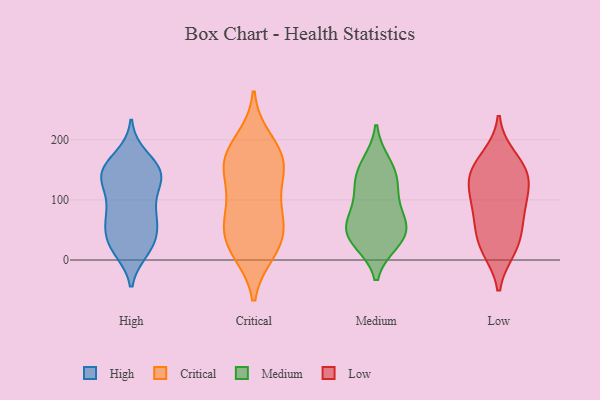
{"axis": {"x": "Customer Acquisition Cost (USD)", "y": "Value"}, "legend": ["Critical", "High", "Low", "Medium"], "data": [{"x": "", "y": 58, "type": "High"}, {"x": "", "y": 17, "type": "High"}, {"x": "", "y": 138, "type": "High"}, {"x": "", "y": 159, "type": "High"}, {"x": "", "y": 22, "type": "High"}, {"x": "", "y": 66, "type": "High"}, {"x": "", "y": 31, "type": "High"}, {"x": "", "y": 31, "type": "High"}, {"x": "", "y": 133, "type": "High"}, {"x": "", "y": 73, "type": "High"}, {"x": "", "y": 101, "type": "High"}, {"x": "", "y": 75, "type": "High"}, {"x": "", "y": 139, "type": "High"}, {"x": "", "y": 155, "type": "High"}, {"x": "", "y": 25, "type": "High"}, {"x": "", "y": 172, "type": "High"}, {"x": "", "y": 140, "type": "High"}, {"x": "", "y": 133, "type": "High"}, {"x": "", "y": 81, "type": "High"}, {"x": "", "y": 143, "type": "High"}, {"x": "", "y": 170, "type": "Critical"}, {"x": "", "y": 198, "type": "Critical"}, {"x": "", "y": 64, "type": "Critical"}, {"x": "", "y": 48, "type": "Critical"}, {"x": "", "y": 160, "type": "Critical"}, {"x": "", "y": 75, "type": "Critical"}, {"x": "", "y": 162, "type": "Critical"}, {"x": "", "y": 166, "type": "Critical"}, {"x": "", "y": 15, "type": "Critical"}, {"x": "", "y": 29, "type": "Critical"}, {"x": "", "y": 96, "type": "Critical"}, {"x": "", "y": 132, "type": "Critical"}, {"x": "", "y": 21, "type": "Critical"}, {"x": "", "y": 55, "type": "Medium"}, {"x": "", "y": 160, "type": "Medium"}, {"x": "", "y": 34, "type": "Medium"}, {"x": "", "y": 60, "type": "Medium"}, {"x": "", "y": 113, "type": "Medium"}, {"x": "", "y": 80, "type": "Medium"}, {"x": "", "y": 146, "type": "Medium"}, {"x": "", "y": 31, "type": "Medium"}, {"x": "", "y": 44, "type": "Medium"}, {"x": "", "y": 128, "type": "Medium"}, {"x": "", "y": 25, "type": "Low"}, {"x": "", "y": 151, "type": "Low"}, {"x": "", "y": 19, "type": "Low"}, {"x": "", "y": 82, "type": "Low"}, {"x": "", "y": 170, "type": "Low"}, {"x": "", "y": 76, "type": "Low"}, {"x": "", "y": 142, "type": "Low"}, {"x": "", "y": 96, "type": "Low"}, {"x": "", "y": 37, "type": "Low"}, {"x": "", "y": 134, "type": "Low"}, {"x": "", "y": 129, "type": "Low"}]}